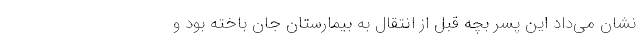
نشان می‌داد این پسر بچه قبل از انتقال به بیمارستان جان باخته بود و